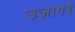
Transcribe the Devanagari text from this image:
उजागरे